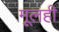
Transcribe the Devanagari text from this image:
मूलही